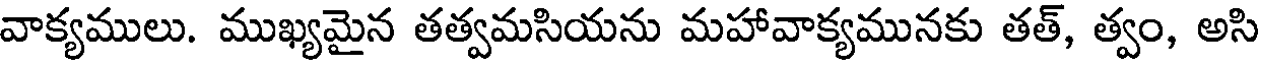
వాక్యములు. ముఖ్యమైన తత్వమసియను మహావాక్యమునకు తత్, త్వం, అసి